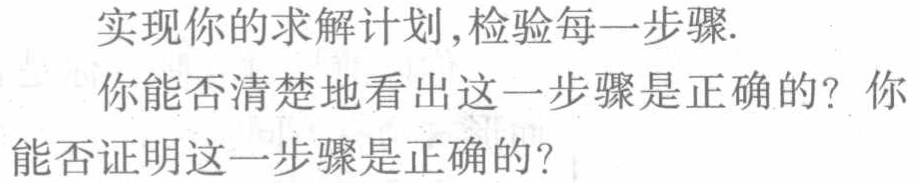
实现你的求解计划,检验每一步骤.
你能否清楚地看出这一步骤是正确的？你
能否证明这一步骤是正确的？